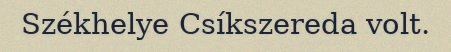
Székhelye Csíkszereda volt.